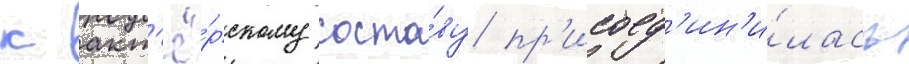
к акт'ё́рскому соста́ву пр'исоед'ин'и́лась